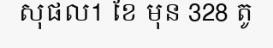
សុផល1 ខែ មុន 328 តូ